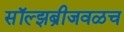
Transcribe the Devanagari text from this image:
सॉल्झब्रीजवळच